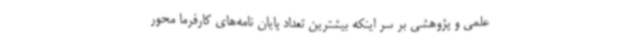
علمی و پژوهشی بر سر اینکه بیشترین تعداد پایان نامه‌های کارفرما محور